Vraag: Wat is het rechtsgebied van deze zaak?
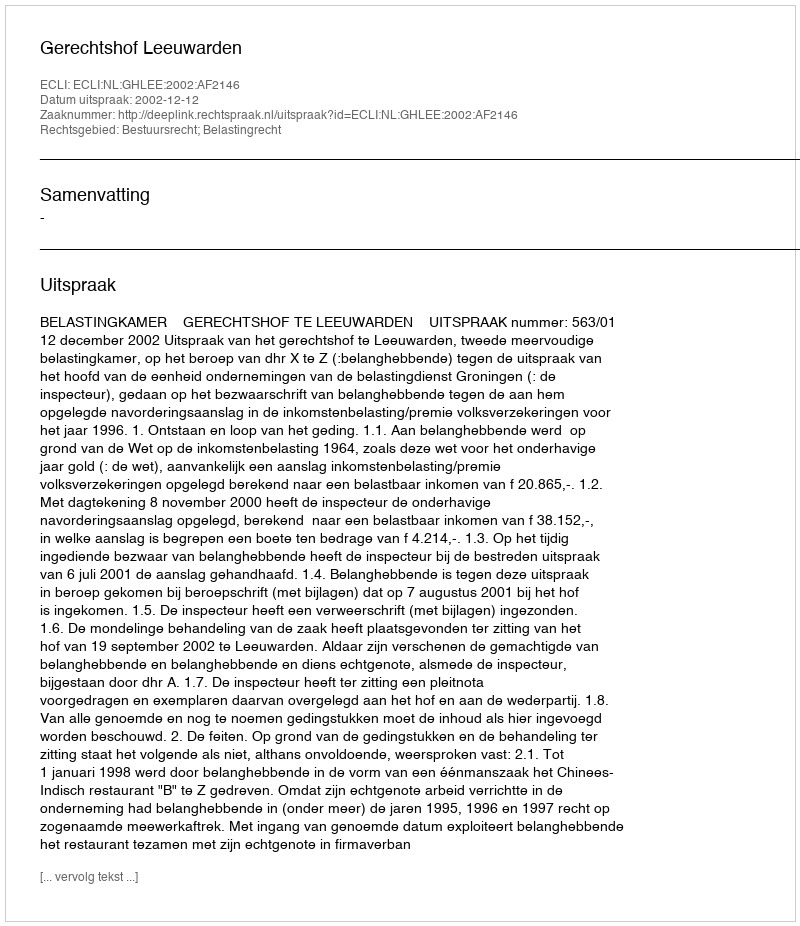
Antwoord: Bestuursrecht; Belastingrecht